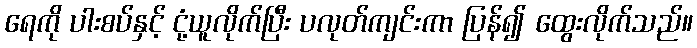
ရေကို ပါးစပ်နှင့် ငုံ့ယူလိုက်ပြီး ပလုတ်ကျင်းကာ ပြန်၍ ထွေးလိုက်သည်။